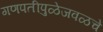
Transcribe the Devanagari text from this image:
गणपतीपुळेजवळचे